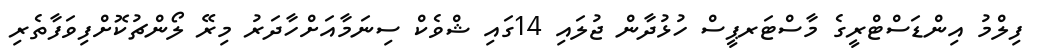
ފިލްމު އިންޑަސްޓްރީގެ މާސްޓަރޕީސް ހުޅުދާން ޖުލައި 14ގައި ޝްވެކް ސިނަމާއަށްހާދަރު މިރޭ ލޯންޗުކޮށްފިވަފާތެރި